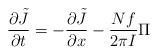
LaTeX: \begin{align*}{\partial \tilde J \over \partial t}=- {\partial \tilde J\over \partial x} -{Nf\over 2\pi I}\Pi \end{align*}